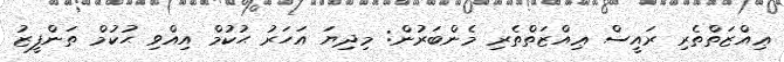
ޢިއްޒަތްތެރި ރައީސް ޢިއްޒަތްތެރި މެންބަރުން: މިދިޔަ އަހަރު ޙުކުމް އިއްވި ޙުކުމް ތަންފީޒު